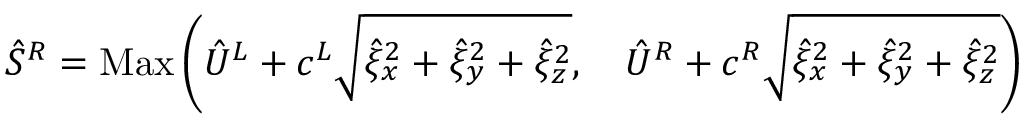
\hat { S } ^ { R } = \operatorname { M a x } \left( \hat { U } ^ { L } + c ^ { L } \sqrt { \hat { \xi } _ { x } ^ { 2 } + \hat { \xi } _ { y } ^ { 2 } + \hat { \xi } _ { z } ^ { 2 } } , \quad \hat { U } ^ { R } + c ^ { R } \sqrt { \hat { \xi } _ { x } ^ { 2 } + \hat { \xi } _ { y } ^ { 2 } + \hat { \xi } _ { z } ^ { 2 } } \right)